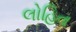
લોહિત